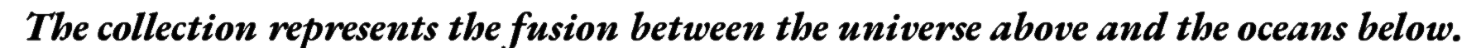
The collection represents the fusion between the universe above and the oceans below.